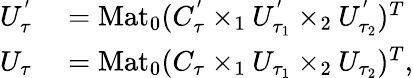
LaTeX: \begin{array}{rl}{U_{\tau}^{'}}&{{}=\mathrm{Mat}_{0}(C_{\tau}^{'}\times_{1}U_{\tau_{1}}^{'}\times_{2}U_{\tau_{2}}^{'})^{T}}\\ {U_{\tau}}&{{}=\mathrm{Mat}_{0}(C_{\tau}\times_{1}U_{\tau_{1}}\times_{2}U_{\tau_{2}})^{T},}\end{array}